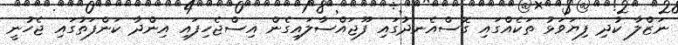
ނަޒްލާ ކުދި ފިޔަވަޅު ތަކެއްގައި ގޮސްއެނދުގައި ފޫޖައްސާލައިގެން އިސްޖެހިފައި އިންދާ ކަންފަތުގައި ޖެހުނީ